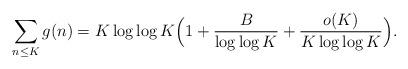
LaTeX: \begin{align*}\sum_{n\leq K}g(n)=K\log\log K\Big (1+\frac{B}{\log\log K}+\frac{o(K)}{K\log\log K}\Big ).\end{align*}